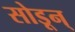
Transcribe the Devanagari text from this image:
सोडून्